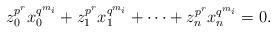
LaTeX: \begin{align*}z_0^{p^r}x_0^{q^{m_i}}+z_1^{p^r}x_1^{q^{m_i}}+\cdots+z_n^{p^r}x_n^{q^{m_i}}=0.\end{align*}